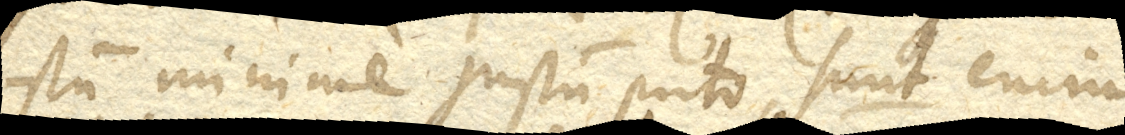
istum minime justum puto, sunt enim